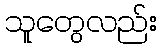
သူတွေလည်း